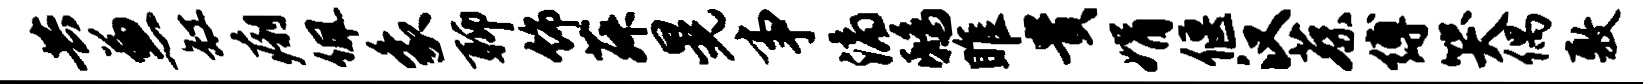
共兼缸痢佩象聊饰菽晃事滴鸱雎贵娟偃汉蔡缚哭偶敷